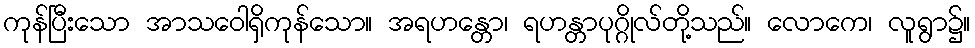
ကုန်ပြီးသော အာသဝေါရှိကုန်သော။ အရဟန္တော၊ ရဟန္တာပုဂ္ဂိုလ်တို့သည်။ လောကေ၊ လူရွာ၌။